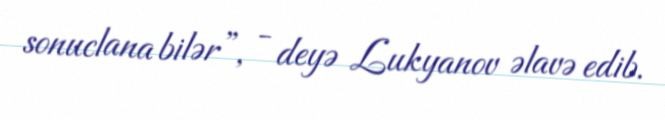
sonuclana bilər”, - deyə Lukyanov əlavə edib.